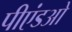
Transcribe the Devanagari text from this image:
पीएंडओ